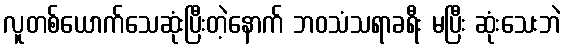
လူတစ်ယောက်သေဆုံးပြီးတဲ့နောက် ဘဝသံသရာခရီး မပြီး ဆုံးသေးဘဲ